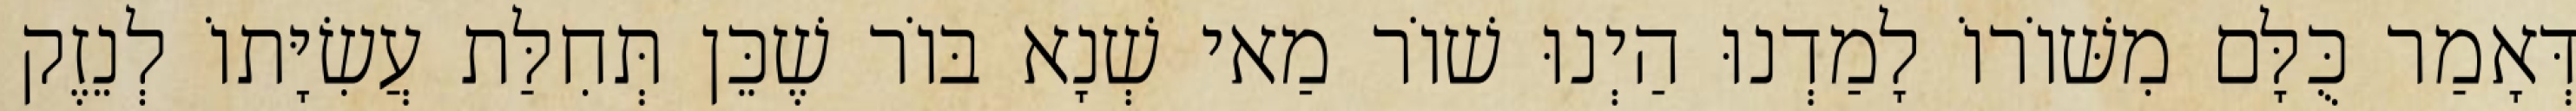
דְּאָמַר כֻּלָּם מִשּׁוֹרוֹ לָמַדְנוּ הַיְנוּ שׁוֹר מַאי שְׁנָא בּוֹר שֶׁכֵּן תְּחִלַּת עֲשִׂיָּתוֹ לְנֵזֶק